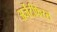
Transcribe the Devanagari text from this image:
अर्जेंटीफेरस